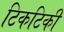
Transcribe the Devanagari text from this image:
टिकटिकी